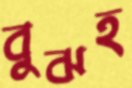
বুঝহ